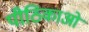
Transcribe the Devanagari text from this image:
पीठिकाओं